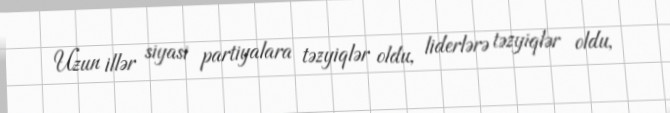
Uzun illər siyasi partiyalara təzyiqlər oldu, liderlərə təzyiqlər oldu,